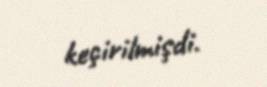
keçirilmişdi.